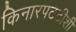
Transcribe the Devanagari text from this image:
किनारपटटीशी